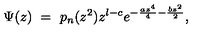
\Psi ( z ) \ = \ p _ { n } ( z ^ { 2 } ) z ^ { l - c } e ^ { - { \frac { a z ^ { 4 } } { 4 } } - { \frac { b z ^ { 2 } } { 2 } } } ,